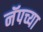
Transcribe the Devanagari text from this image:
नॅपच्या